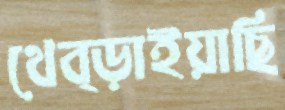
থেব্‌ড়াইয়াছি